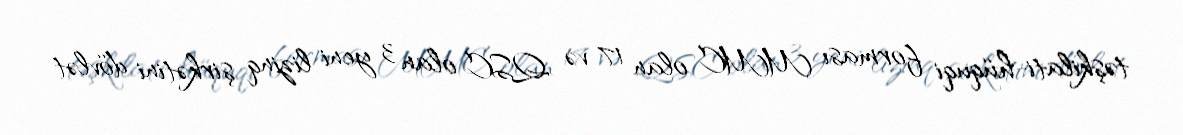
təşkilati-hüquqi forması MMC olan 17 və QSC olan 3 yeni lizinq şirkətini dövlət